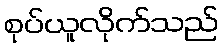
စုပ်ယူလိုက်သည်